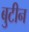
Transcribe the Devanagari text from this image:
बुटीन